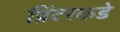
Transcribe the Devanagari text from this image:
प्रिंटरकडे